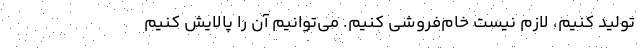
تولید کنیم، لازم نیست خام‌فروشی کنیم. می‌توانیم آن را پالایش کنیم